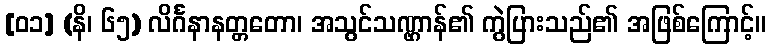
[၀၁] (နိ၊ ၆၅) လိင်္ဂနာနတ္တတော၊ အသွင်သဏ္ဌာန်၏ ကွဲပြားသည်၏ အဖြစ်ကြောင့်။